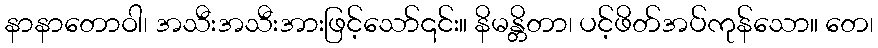
နာနာတောဝါ၊ အသီးအသီးအားဖြင့်သော်၎င်း။ နိမန္တိတာ၊ ပင့်ဖိတ်အပ်ကုန်သော။ တေ၊